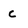
Character: c